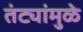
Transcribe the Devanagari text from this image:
तंट्यांमुळे